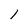
Character: 1